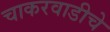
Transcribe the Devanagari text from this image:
चाकरवाडीचे